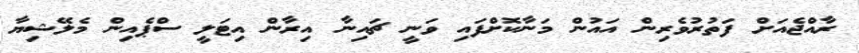
ރާއްޖެއަށް ފަތުރުވެރިން އައުން މަނާކޮށްފައި ވަނީ ޗައިނާ އިރާން އިޓަލީ ސްޕެއިން މެލޭޝިޔާ